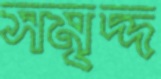
সমৃদ্দ